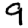
Digit: 9